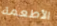
الأطعمة